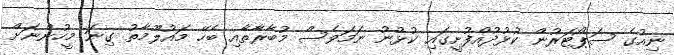
ނިއުގެ ސަޕޯޓަރުން ކުޅުދުއްފުށީގައި ކުޅުނު ނަމަވެސް މުބާރާތާއި ބެހޭ މައުލޫމާތު ގިނަ މީހުންނަށް